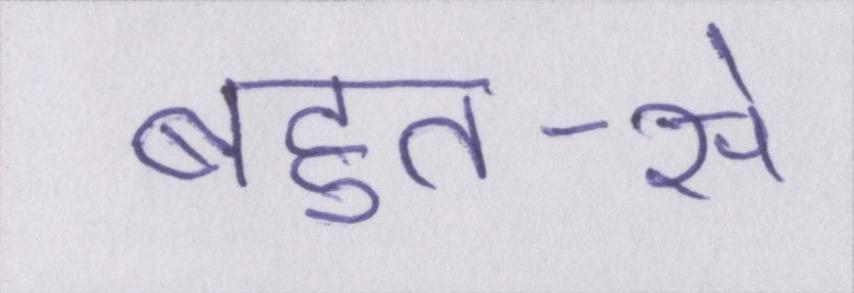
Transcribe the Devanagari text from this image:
बहुत-से